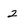
Character: 2